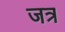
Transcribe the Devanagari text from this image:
जत्र